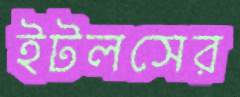
ইটলসের